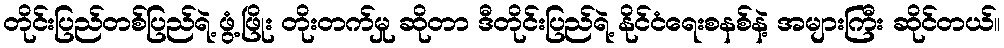
တိုင်းပြည်တစ်ပြည်ရဲ့ ဖွံ့ဖြိုး တိုးတက်မှု ဆိုတာ ဒီတိုင်းပြည်ရဲ့ နိုင်ငံရေးစနစ်နဲ့ အများကြီး ဆိုင်တယ်။